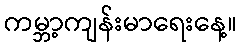
ကမ္ဘာ့ကျန်းမာရေးနေ့။